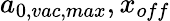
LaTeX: a_{0,vac,max},x_{off}